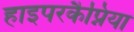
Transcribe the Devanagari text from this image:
हाइपरकैप्निया